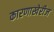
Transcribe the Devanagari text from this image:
कारणाखेरीज